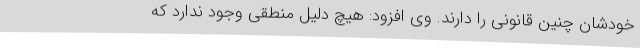
خودشان چنین قانونی را دارند. وی افزود: هیچ دلیل منطقی وجود ندارد که